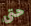
حتى